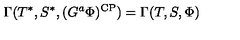
\Gamma ( T ^ { * } , S ^ { * } , ( G ^ { a } \Phi ) ^ { \mathrm { C P } } ) = \Gamma ( T , S , \Phi )